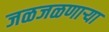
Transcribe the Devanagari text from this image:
जळजळणार्‍या